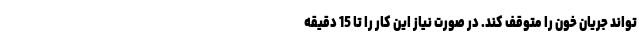
تواند جریان خون را متوقف کند. در صورت نیاز این کار را تا 15 دقیقه